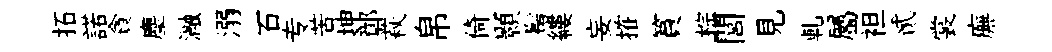
拓諾貪麈瀜溺石专苦坤鄣萩帛倚顥髩縷妄搉篔棕閭見軋屬袒貳裳廡